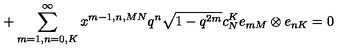
+ \sum _ { m = 1 , n = 0 , K } ^ { \infty } x ^ { m - 1 , n , M N } q ^ { n } \sqrt { 1 - q ^ { 2 m } } c _ { N } ^ { K } e _ { m M } \otimes e _ { n K } = 0